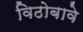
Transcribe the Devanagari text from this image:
विठोबावे